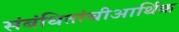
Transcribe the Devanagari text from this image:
संबंधितांचीआर्थिक